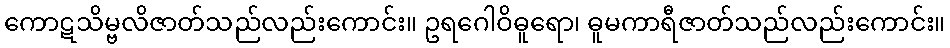
ကောဋသိမ္ဗလိဇာတ်သည်လည်းကောင်း။ ဥရဂေါဝိဓူရော၊ ဓူမကာရီဇာတ်သည်လည်းကောင်း။